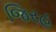
જિરહ